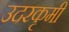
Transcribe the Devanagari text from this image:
उदरकृमी